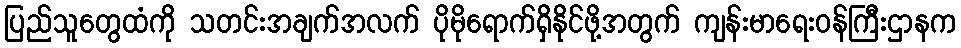
ပြည်သူတွေထံကို သတင်းအချက်အလက် ပိုမိုရောက်ရှိနိုင်ဖို့အတွက် ကျန်းမာရေးဝန်ကြီးဌာနက